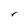
Character: r